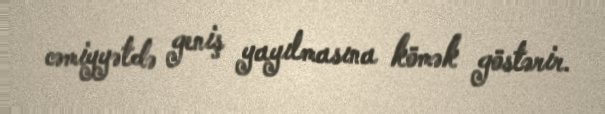
cəmiyyətdə geniş yayılmasına kömək göstərir.